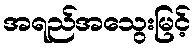
အရည်အသွေးမြင့်